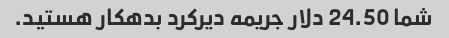
شما 24.50 دلار جریمه دیرکرد بدهکار هستید.